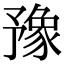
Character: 豫